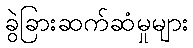
ခွဲခြားဆက်ဆံမှုများ